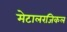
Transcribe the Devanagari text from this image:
मेटालरजिकल